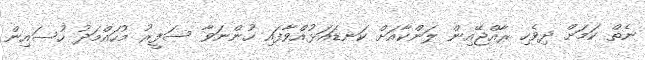
ނެތް ކަމަށް ދިވެހި ރާއްޖޭއިން ލަންކާއަށް ކަނޑައަޅުއްވާފައި ހުންނަވާ ސަފީރު މުހައްމަދު ހުސައިން